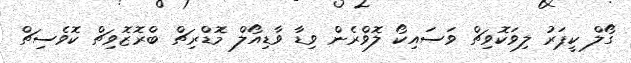
ގޯލް ކީޕަރު ލިވަކޮވިޗް ވަސައިކޯ ލޮވްރެން ވިޑާ ވާޑިއޯލް މޮޑްރިޗް ބްރޮޒޮވިޗް ކޮވެސިޗް